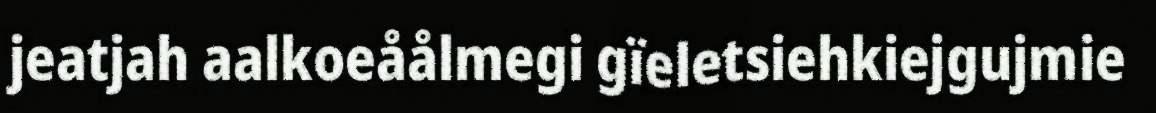
jeatjah aalkoeåålmegi gïeletsiehkiejgujmie